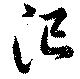
汜